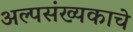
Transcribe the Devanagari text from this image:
अल्पसंख्यकाचे